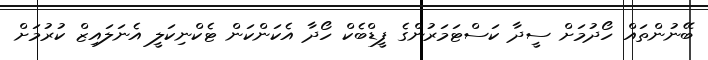
ބޭނުންތައް ހޯދުމަށް ސީދާ ކަސްޓަމަރުންގެ ފީޑްބެކް ހޯދާ އެކަންކަން ޓެކްނިކަލީ އެނަލައިޒް ކުރުމަށް